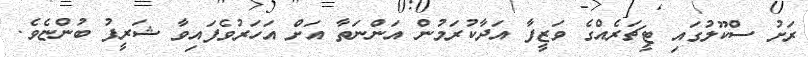
ރަށު ސްކޫލުގައި ޓީޗަރެއްގެ ވަޒީފާ އަދާކުރަމުން އަންނަތާ އަށް އަހަރުވެފައިވާ ޝަރީފު ބުންޏެވެ.